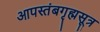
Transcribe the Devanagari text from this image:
आपस्तंबगृह्मसूत्र